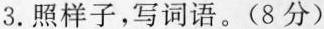
3.照样子，写词语。(8分)